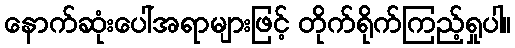
နောက်ဆုံးပေါ်အရာများဖြင့် တိုက်ရိုက်ကြည့်ရှုပါ။